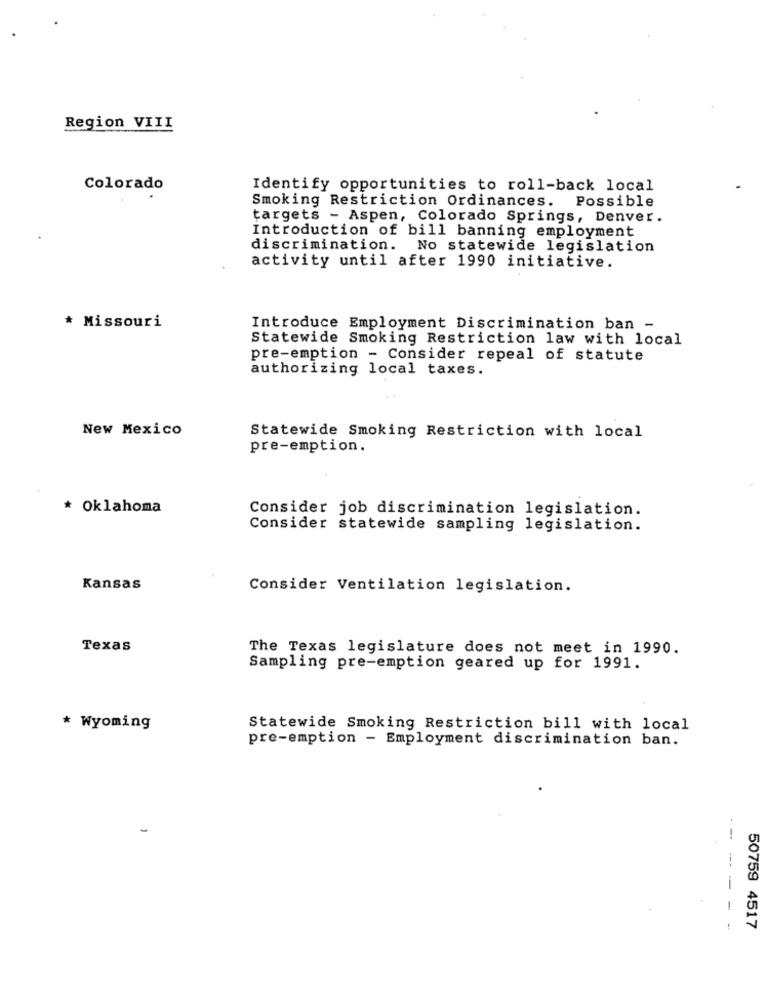
Region VIII
Colorado
Identify opportunities to roll-back local
Smoking Restriction Ordinances. Possible
targets - Aspen, Colorado Springs, Denver.
Introduction of bill banning employment
discrimination. No statewide legislation
activity until after 1990 initiative.
* Missouri
Introduce Employment Discrimination ban -
Statewide Smoking Restriction law with local
pre-emption - Consider repeal of statute
authorizing local taxes.
New Mexico
Statewide Smoking Restriction with local
pre-emption.
* Oklahoma
Consider job discrimination legislation.
Consider statewide sampling legislation.
Kansas
Consider Ventilation legislation.
Texas
The Texas legislature does not meet in 1990.
Sampling pre-emption geared up for 1991.
* Wyoming
Statewide Smoking Restriction bill with local
pre-emption - Employment discrimination ban.
--
-
50759 4517